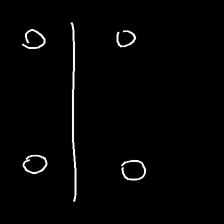
Glyph: cool